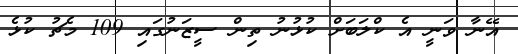
އޭނާ ވަނީ އެ ކްލަބަށް ކުޅުނު ތިން ސީޒަނުގައި 109 މެޗު ކުޅެ